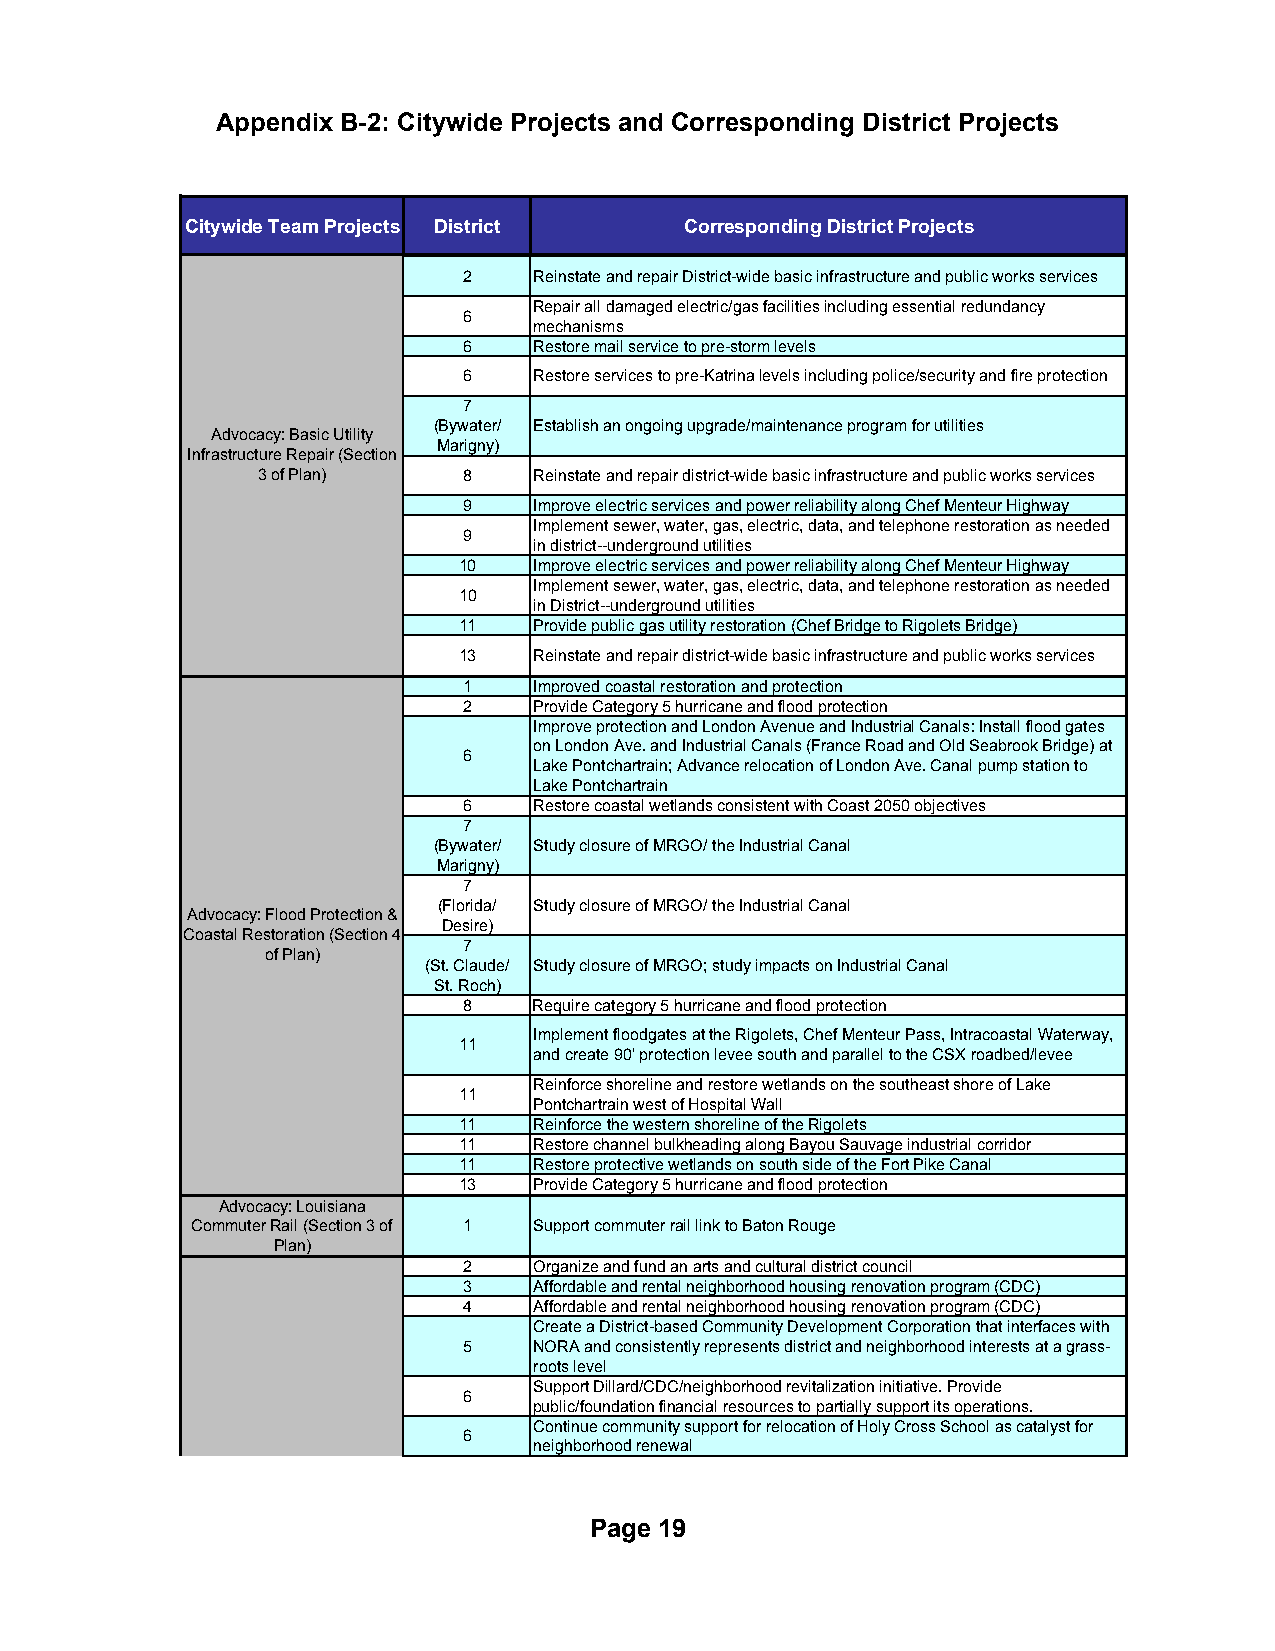
Appendix B-2: Citywide Projects and Corresponding District Projects
 Citywide Team Projects District  Corresponding District Projects
 2   Reinstate and repair District-wide basic infrastructure and public works services
 Repair all damaged electric/gas facilities including essential redundancy
 6
 mechanisms
 6   Restore mail service to pre-storm levels
 6   Restore services to pre-Katrina levels including police/security and fire protection
 7
 (Bywater/ Establish an ongoing upgrade/maintenance program for utilities
 Advocacy: Basic Utility
 Marigny)
 Infrastructure Repair (Section
 3 of Plan)    8   Reinstate and repair district-wide basic infrastructure and public works services
 9   Improve electric services and power reliability along Chef Menteur Highway
 Implement sewer, water, gas, electric, data, and telephone restoration as needed
 9
 in district--underground utilities
 10   Improve electric services and power reliability along Chef Menteur Highway
 Implement sewer, water, gas, electric, data, and telephone restoration as needed
 10
 in District--underground utilities
 11   Provide public gas utility restoration (Chef Bridge to Rigolets Bridge)
 13   Reinstate and repair district-wide basic infrastructure and public works services
 1   Improved coastal restoration and protection
 2   Provide Category 5 hurricane and flood protection
 Improve protection and London Avenue and Industrial Canals: Install flood gates
 on London Ave. and Industrial Canals (France Road and Old Seabrook Bridge) at
 6
 Lake Pontchartrain; Advance relocation of London Ave. Canal pump station to
 Lake Pontchartrain
 6   Restore coastal wetlands consistent with Coast 2050 objectives
 7
 (Bywater/ Study closure of MRGO/ the Industrial Canal
 Marigny)
 7
 (Florida/ Study closure of MRGO/ the Industrial Canal
 Advocacy: Flood Protection &
 Desire)
 Coastal Restoration (Section 4
 7
 of Plan)
 (St. Claude/ Study closure of MRGO; study impacts on Industrial Canal
 St. Roch)
 8   Require category 5 hurricane and flood protection
 Implement floodgates at the Rigolets, Chef Menteur Pass, Intracoastal Waterway,
 11
 and create 90' protection levee south and parallel to the CSX roadbed/levee
 Reinforce shoreline and restore wetlands on the southeast shore of Lake
 11
 Pontchartrain west of Hospital Wall
 11   Reinforce the western shoreline of the Rigolets
 11   Restore channel bulkheading along Bayou Sauvage industrial corridor
 11   Restore protective wetlands on south side of the Fort Pike Canal
 13   Provide Category 5 hurricane and flood protection
 Advocacy: Louisiana
 Commuter Rail (Section 3 of 1 Support commuter rail link to Baton Rouge
 Plan)
 2   Organize and fund an arts and cultural district council
 3   Affordable and rental neighborhood housing renovation program (CDC)
 4   Affordable and rental neighborhood housing renovation program (CDC)
 Create a District-based Community Development Corporation that interfaces with
 5   NORA and consistently represents district and neighborhood interests at a grass-
 roots level
 Support Dillard/CDC/neighborhood revitalization initiative. Provide
 6
 public/foundation financial resources to partially support its operations.
 Continue community support for relocation of Holy Cross School as catalyst for
 6
 neighborhood renewal
 Page 19